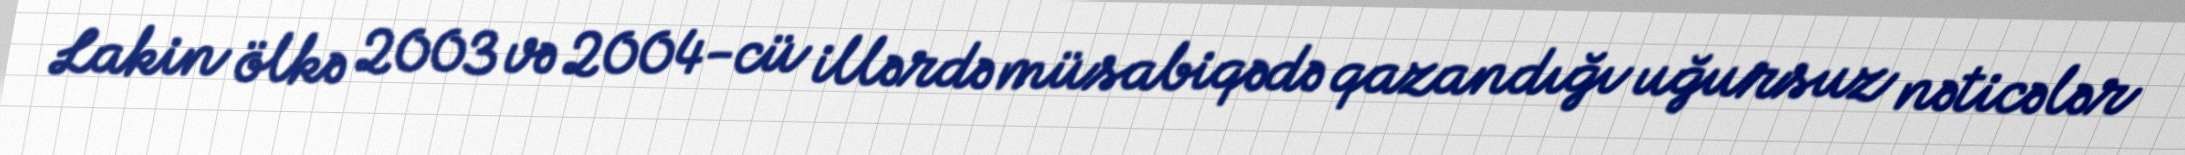
Lakin ölkə 2003 və 2004-cü illərdə müsabiqədə qazandığı uğursuz nəticələr